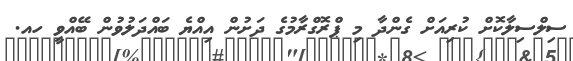
ސިލްސިލާކޮށް ކުރިއަށް ގެންދާ މި ޕްރޮގްރާމުގެ ދަށުން އިއްޔެ ބައްދަލުވުން ބޭއްވީ ހއ.